Medical and sanitary report of the native army of Madras for the year
Year: 1878
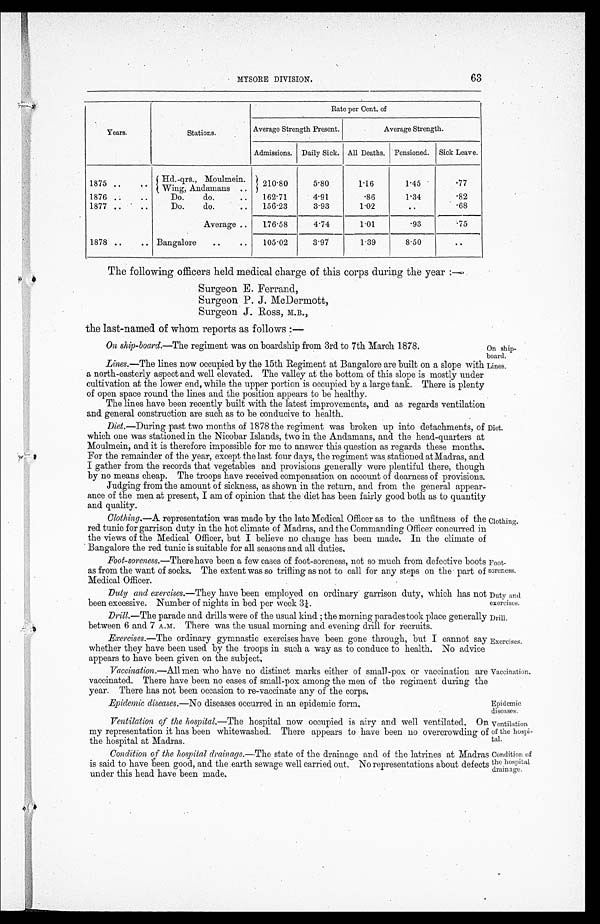
MYSORE DIVISION.
63
Years.
Stations.
Rate per Cent, of
Average Strength Present.
Average Strength.
Admissions. Daily Sick. All Deaths. Pensioned. Sick Leave.
1875 ..
..
Hd.-qrs., Mo
ulmein.Wing, Andamans
. . 210.80
5.80
1.16
1.45
.77
1876 ..
..
Do.
do.
. .
. .
. .
162.71
4.91
.86
1.34
.82
1877 ..
..
Do.
do.
. .
156.23
3.93
1.02
. .
. 6 8
Average ..
176.58
4.74
1.01
.93
.75
1878 ..
.. Bangalore
..
..
105.02
3.97
1.39
8.50
..
The following officers held medical charge of this corps during the year :—
Surgeon E. Ferrand,
Surgeon P. J. McDermott,
Surgeon J. Ross, M.B.,
the last-named of whom reports as follows :—
On ship-board. —The regiment was on boardship from 3rd to 7th March 1878.
Lines.—The lines now occupied by the 15th Regiment at Bangalore are built on a slope with
a north-easterly aspect and well elevated. The valley at the bottom of this slope is mostly under
cultivation at the lower end, while the upper portion is occupied by a large tank. There is plenty
of open space round the lines and the position appears to be healthy.
The lines have been recently built with the latest improvements, and as regards ventilation
and general construction are such as to be conducive to health.
Diet. —During past two months of 1878 the regiment was broken up into detachments, of
which one was stationed in the Nicobar Islands, two in the Andamans, and the head-quarters at
Moulmein, and it is therefore impossible for me to answer this question as regards these months.
For the remainder of the year, except the last four days, the regiment was stationed at Madras, and
I gather from the records that vegetables and provisions generally were plentiful there, though
by no means cheap. The troops have received compensation on account of dearness of provisions.
Judging from the amount of sickness, as shown in the return, and from the general appear-
ance of the men at present, I am of opinion that the diet has been fairly good both as to quantity
and quality.
Clothing .—A representation was made by the late Medical Officer as to the unfitness of the
red tunic for garrison duty in the hot climate of Madras, and the Commanding Officer concurred in
the views of the Medical Officer, but I believe no change has been made. In the climate of
Bangalore the red tunic is suitable for all seasons and all duties,
Foot-soreness.—There have been a few cases of foot-soreness, not so much from defective boots
as from the want of socks. The extent was so trifling as not to call for any steps on the part of
Medical Officer.
Duty and exercises .—They have been employed on ordinary garrison duty, which has not
been excessive. Number of nights in bed per week 31/4.
Drill.—The parade and drills were of the usual kind ; the morning parades took place generally
between 6 and 7 A.M. There was the usual morning and evening drill for recruits.
Exercises .—The ordinary gymnastic exercises have been gone through, but I cannot say
whether they have been used by the troops in such a way as to conduce to health, No advice
appears to have been given on the subject,
Vaccination. —All men who have no distinct marks either of small-pox or vaccination
or vaccinated. There have been no cases of small-pox among the men of the regiment during the
year. There has not been occasion to re-vaccinate any of the corps.
Epidemic diseases.— No diseases occurred in an epidemic form,
Ventilation of the hospital .—The hospital now occupied is airy and well ventilated, 0n
my representation it has been whitewashed. There appears to have been no overcrowding of
the hospital at Madras.
Condition of the hospital drainage .—The state of the drainage and of the latrines at Madra
is said to have been good, and the earth sewage well carried out. No representations about defects
under this head have been made.
On ship-
board.
Lines.
Diet.
llothings.
Duty and_
exercises.
Drill.
Exercises.
Vaccination.
Epidemic
diseases.
ventilation
of the hospi
tal.